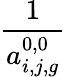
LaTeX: \frac{1}{a_{i,j,g}^{0,0}}